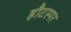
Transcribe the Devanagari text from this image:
हौटस्पर